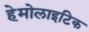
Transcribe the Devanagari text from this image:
हेमोलाइटिक